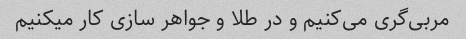
مربی‌گری می‌کنیم و در طلا و جواهر سازی کار میکنیم